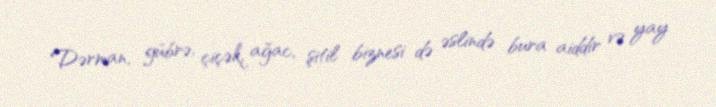
Dərman, gübrə, çiçək, ağac, şitil biznesi də əslində bura aiddir və yay